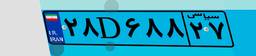
۲۸D۶۸۸۲۷